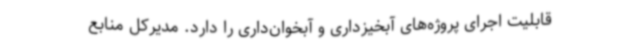
قابلیت اجرای پروژه‌های آبخیزداری و آبخوان‌داری را دارد. مدیرکل منابع